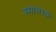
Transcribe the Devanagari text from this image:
स्मामरक